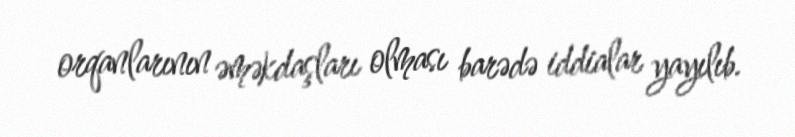
orqanlarının əməkdaşları olması barədə iddialar yayılıb.